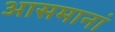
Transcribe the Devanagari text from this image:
आसमानां